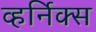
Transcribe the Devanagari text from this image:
व्हर्निक्स